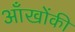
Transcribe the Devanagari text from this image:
आँखोंकी